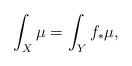
LaTeX: \begin{align*} \int_X \mu = \int_Y f_*\mu,\end{align*}